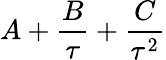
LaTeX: A+\frac{B}{\tau}+\frac{C}{\tau^{2}}